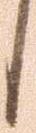
候